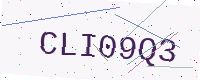
Text: CLI09Q3